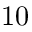
1 0